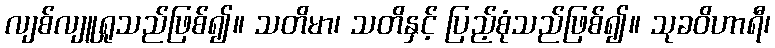
လျစ်လျူရှုသည်ဖြစ်၍။ သတိမာ၊ သတိနှင့် ပြည့်စုံသည်ဖြစ်၍။ သုခဝိဟာရီ၊